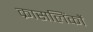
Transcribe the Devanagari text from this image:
क्रासलिंकों